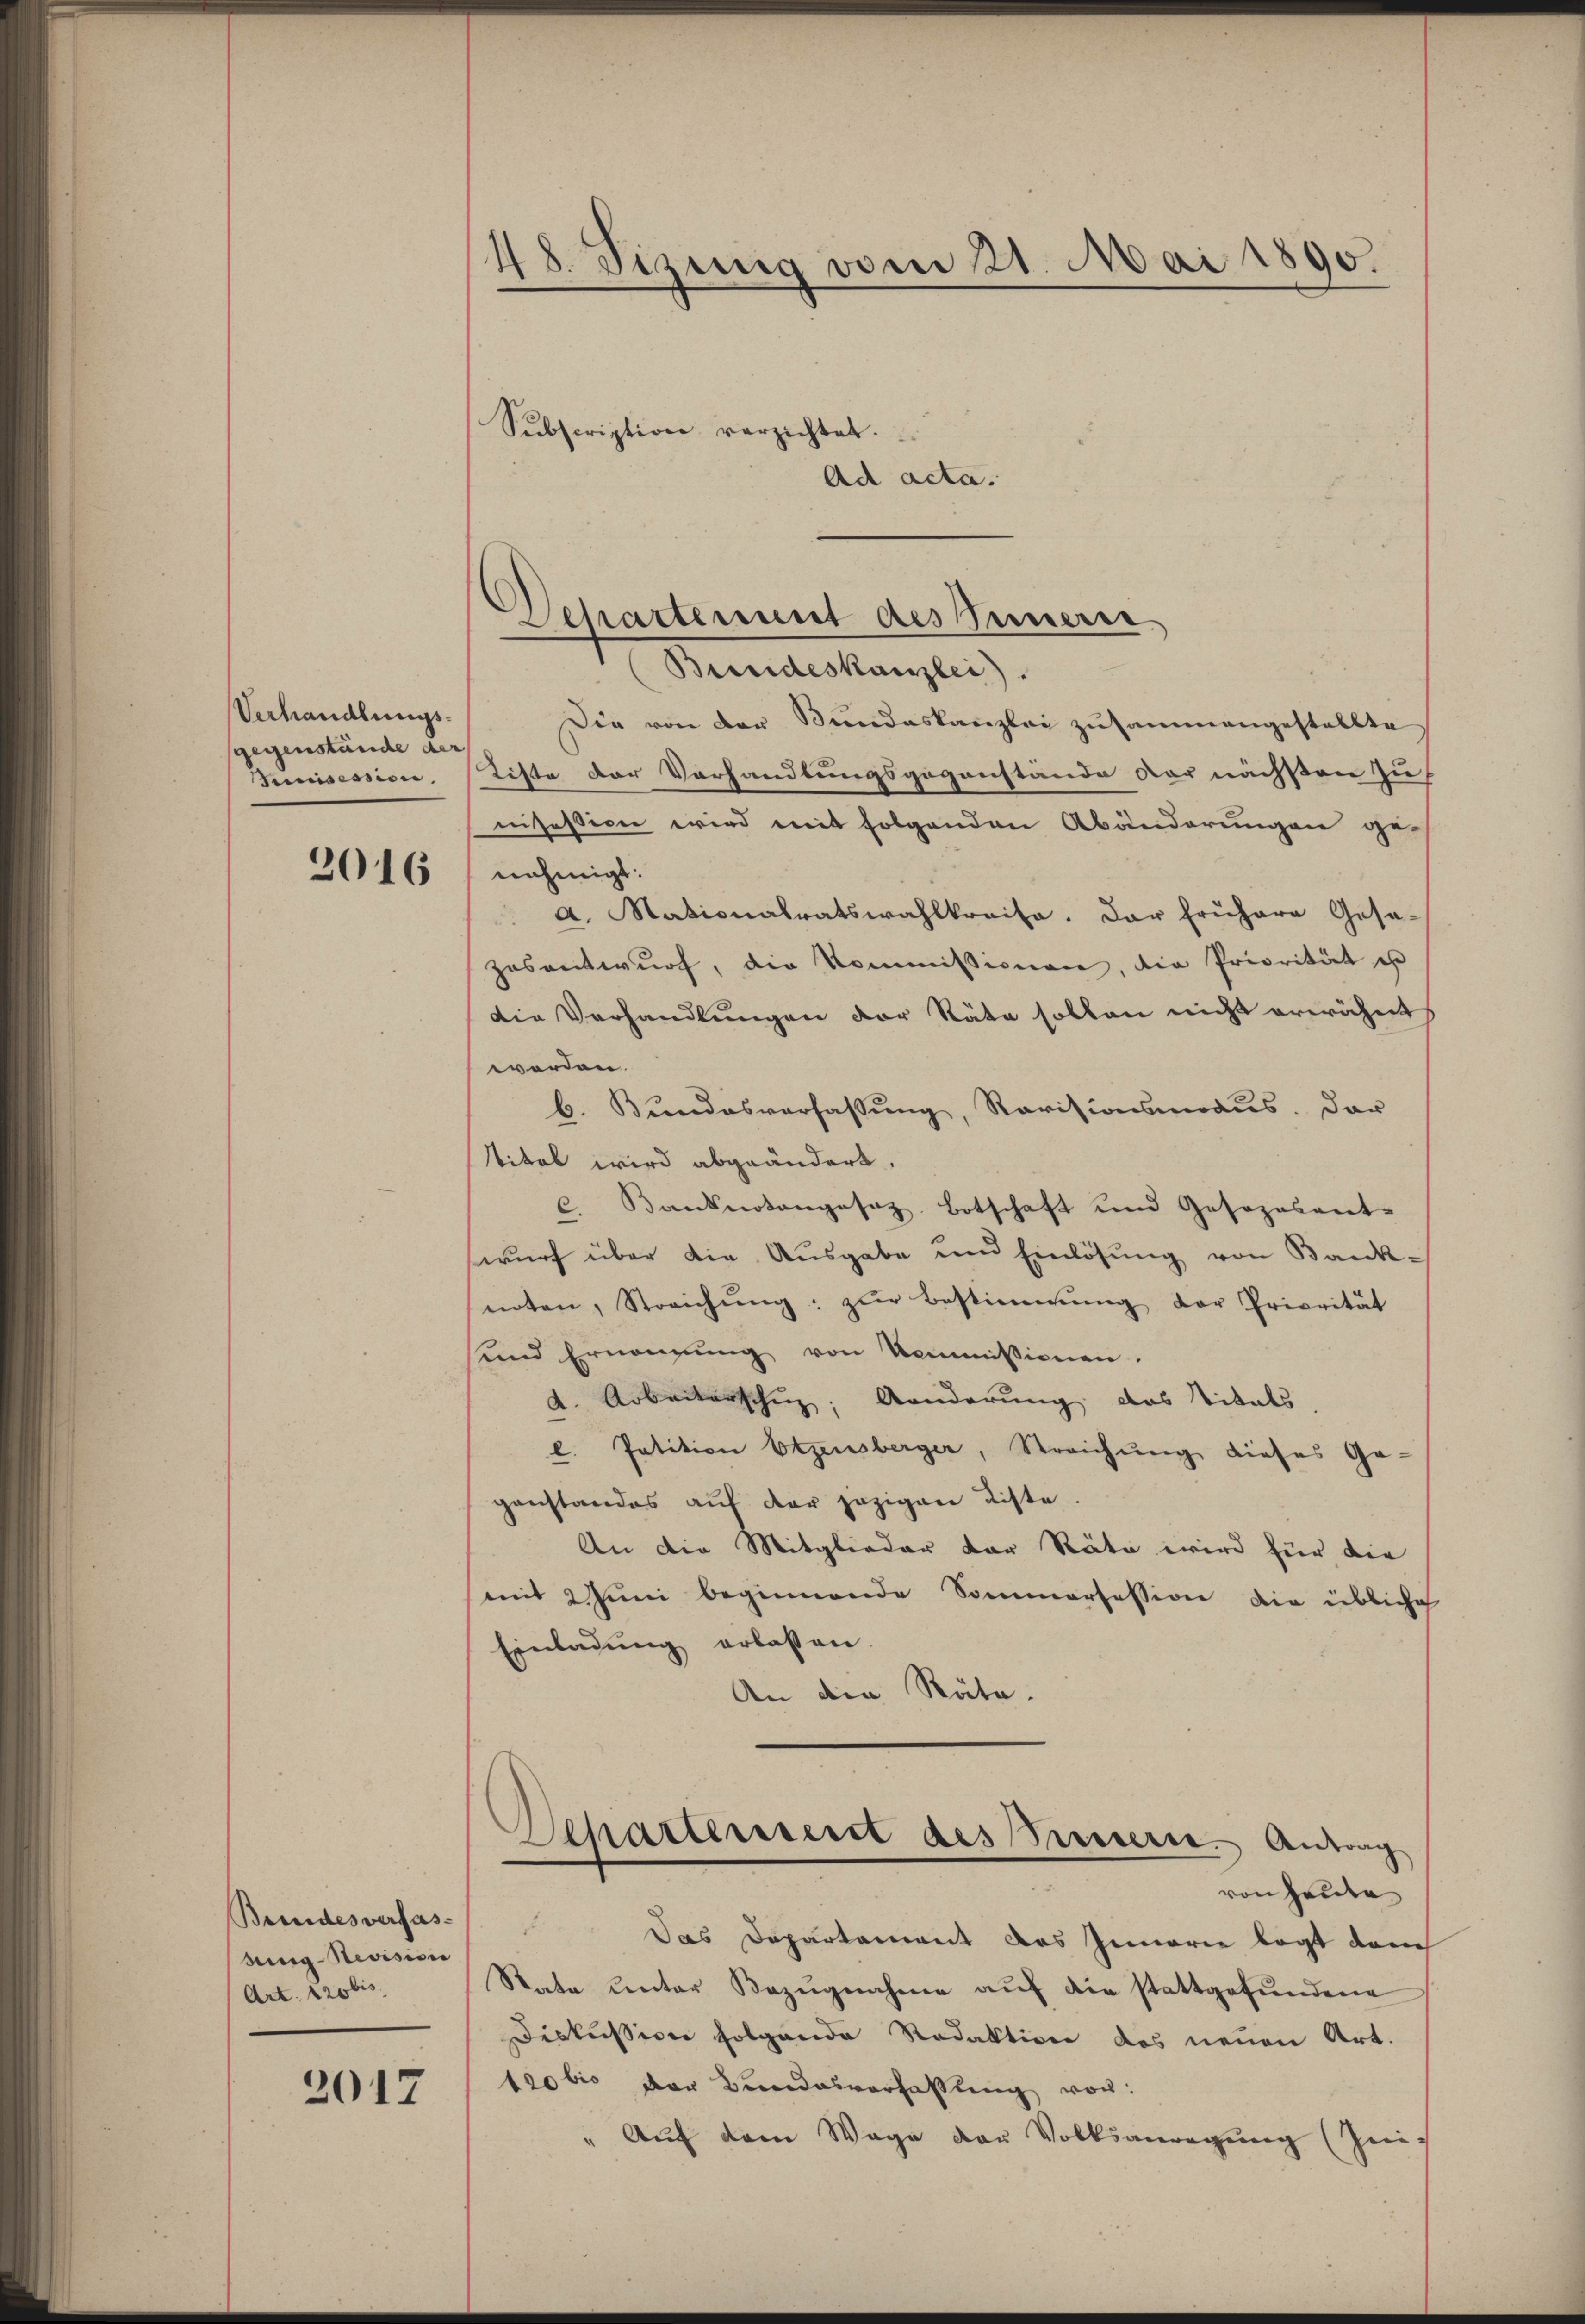
Verhandlungs-
gegenstände der
iuisession.

2016

Beendesverfassung- Nevision
Art. tzobis

2017

48. Sizung vom 21. Mai 1890.

Bundeskanzlei.
Die von der Bundeskanzlei zusammengestellte
tiste der Vorhandlungsgegenstände der nächsten zu
nisession wird mit folgenden Abänderungen ge-
nehmigt.
a. Nationalratswahlkreise. Dar frühere Gese-
zosentwurf, die Kommissionen, die Priorität er
Die Verhandlungen der Stäte sollen nicht erwähntes
werden.
b. Bundesverfassung, Revisionsmoaus. Dar
stitel wird abgeändert.
C. Banknotangesez Botschaft und Gesezesent-
swurf über die Ausgabe und Einlösung von Bank-
noten, Streichŭng zŭr Bestimmung der Priorität
und Ernennung von Kommissionen.
d. Arbeiterschuz; Aenderung das Vitals,
l. Patition Etzensberger, Streichŭng dieses Ge-
ganstandes aŭf der jezigen Liste.
An die Mitglieder der Räte wird für die
mit 2 Juni beginnende Sommersession die übliche
Einladung erlassen.
An den Räte.
Separterseit des Preiserie. Antrag
von Heute
Das Departement das Innerie legt dem
Rata unter Bezŭgnahme aŭf die stattgefŭndene
Diskussion folgende Redaktion des neuen Art.
tobio der Bundesverhaltung vor:
" Aŭf dem Wage der Volksanregŭng (Zeic

Subscription verzichtet.
Ad acta.

Departement des Innerne